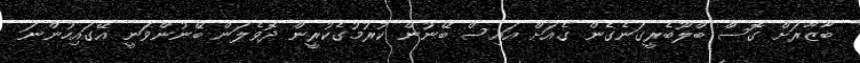
ބާޒާރަށް ގޮސް ބްލޫބެރީގަނެގެން ގެއަށް އައިސް ބޭނުން ކުރުމުގެކުރީން ދޮވެލަން ބޭނުންވަނީ އޭގައިހުންނަ